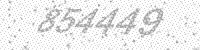
Solution: 854449